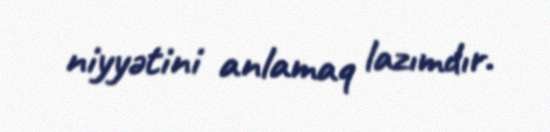
niyyətini anlamaq lazımdır.